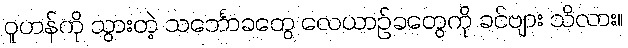
ဝူဟန်ကို သွားတဲ့ သင်္ဘောခတွေ လေယာဉ်ခတွေကို ခင်ဗျား သိလား။